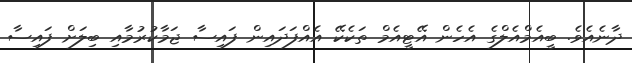
ދާނެއެވެ. ބީއެމްއެލްގެ އެހެން އޭޓީއެމް ތަކެކޭ އެއްފަދައިން ފައިސާ ޖަމާކުރުމާއި ބިލަށް ފައިސާ